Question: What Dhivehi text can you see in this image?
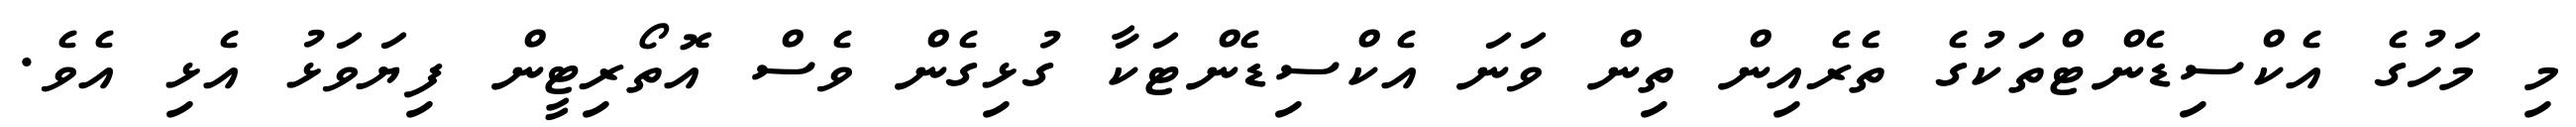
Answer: މި މަހުގެ އެކްސިޑެންޓްތަކުގެ ތެރެއިން ތިން ވަނަ އެކްސިޑެންޓަކާ ގުޅިގެން ވެސް އޮތޯރިޓީން ފިޔަވަޅު އެޅި އެވެ.